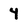
Character: 4